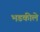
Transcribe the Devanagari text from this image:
भडकीले